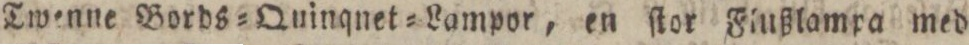
Twenne Bords=Quinqnet=Lampor, en ſtor Finßlampa med